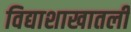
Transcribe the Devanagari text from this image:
विद्याशाखातली